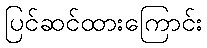
ပြင်ဆင်ထားကြောင်း